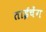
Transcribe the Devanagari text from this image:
ताईचेंग